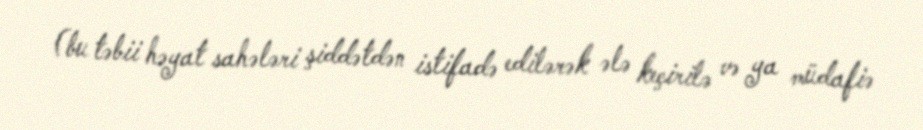
(bu təbii həyat sahələri şiddətdən istifadə edilərək ələ keçirilə və ya müdafiə